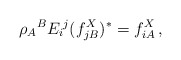
\begin{align*}\rho _A{}^BE_i{}^j (f^X_{jB})^*=f^X_{iA}\,, \end{align*}